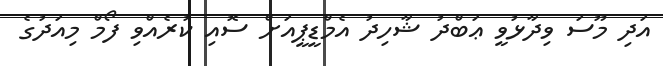
އަދި މޫސަ ވިދާޅުވީ ޢަބްދު ޝާހިދު އެމްޑީޕީއަށް ސޮއި ކުރެއްވި ފޯމް މިއަދުގެ